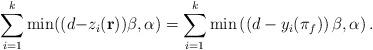
LaTeX: \begin{align*}\sum_{i=1}^{k}\min((d-&z_i(\mathbf{r}))\beta,\alpha)=\sum_{i=1}^{k}\min \left(\left(d-y_i(\pi_f)\right)\beta,\alpha\right).\end{align*}